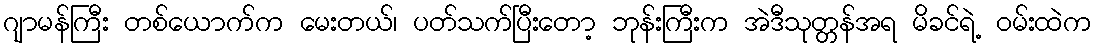
ဂျာမန်ကြီး တစ်ယောက်က မေးတယ်၊ ပတ်သက်ပြီးတော့ ဘုန်းကြီးက အဲဒီသုတ္တန်အရ မိခင်ရဲ့ ဝမ်းထဲက